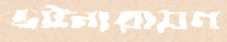
ভট্টনারায়ণ